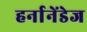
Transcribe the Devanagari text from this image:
हर्नानेंडेज